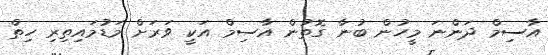
އާސިމް ދަންނަ މީހުން ބުނާ ގޮތުން އާސިމް އަކީ ވަރަށް މަޑުމައިތިރި ހިތް